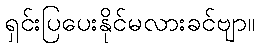
ရှင်းပြပေးနိုင်မလားခင်ဗျာ။